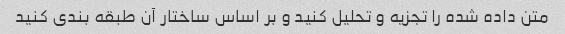
متن داده شده را تجزیه و تحلیل کنید و بر اساس ساختار آن طبقه بندی کنید